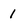
Character: 1